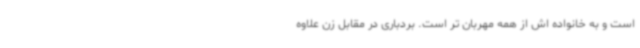
است و به خانواده اش از همه مهربان تر است. بردباری در مقابل زن علاوه